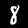
Label: 8